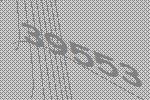
39553